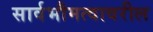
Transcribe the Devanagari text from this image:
सार्वभौमत्वावरील